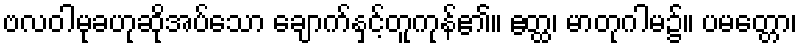
ဗလဝါမုခဟုဆိုအပ်သော ချောက်နှင့်တူကုန်၏။ ဧတ္ထ၊ မာတုဂါမ၌။ ပမတ္တော၊